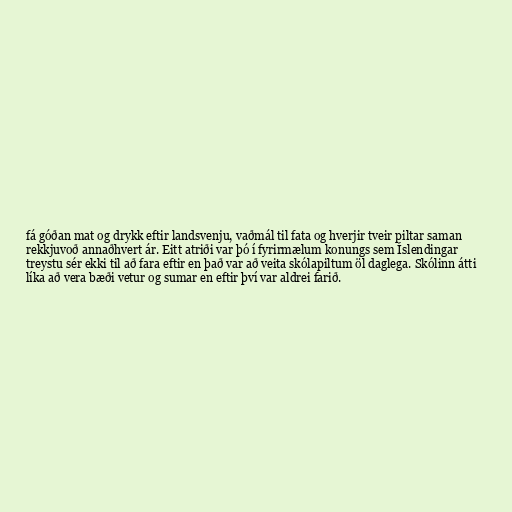
fá góðan mat og drykk eftir landsvenju, vaðmál til fata og hverjir tveir piltar saman
rekkjuvoð annaðhvert ár. Eitt atriði var þó í fyrirmælum konungs sem Íslendingar
treystu sér ekki til að fara eftir en það var að veita skólapiltum öl daglega. Skólinn átti
líka að vera bæði vetur og sumar en eftir því var aldrei farið.